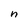
Character: n